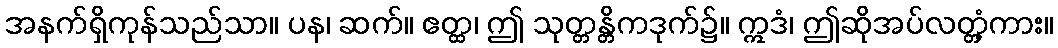
အနက်ရှိကုန်သည်သာ။ ပန၊ ဆက်။ ဧတ္ထ၊ ဤ သုတ္တန္တိကဒုက်၌။ ဣဒံ၊ ဤဆိုအပ်လတ္တံ့ကား။